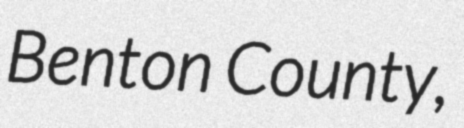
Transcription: Benton County,